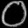
Digit: ၀